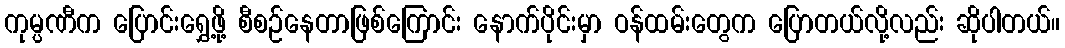
ကုမ္ပဏီက ပြောင်းရွှေ့ဖို့ စီစဉ်နေတာဖြစ်ကြောင်း နောက်ပိုင်းမှာ ဝန်ထမ်းတွေက ပြောတယ်လို့လည်း ဆိုပါတယ်။